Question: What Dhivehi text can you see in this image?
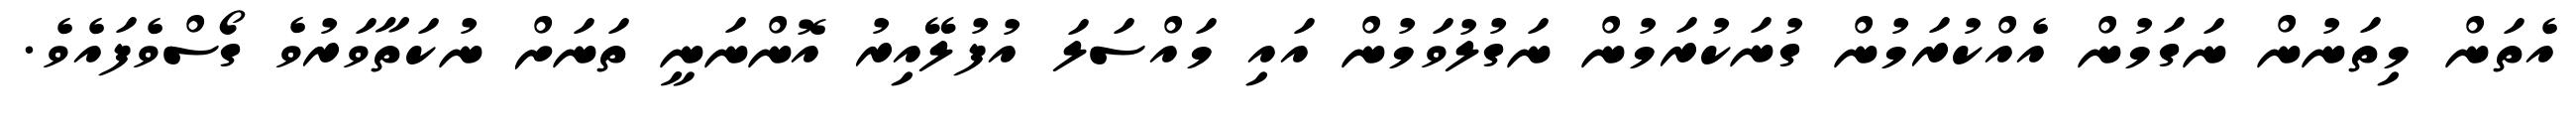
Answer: އެތަން މިތަނުން ނަގަމުން އެއްކުރަމުން ގުނަކުރަމުން ނަގުލުވަމުން އައި މައްސަލަ އުފުލޭއިރު އޮންނަނީ ތަނަށް ނުކަތާވަރުވެ ގޯސްވެފައެވެ.